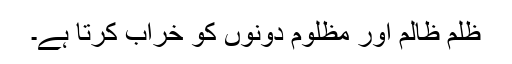
ظلم ظالم اور مظلوم دونوں کو خراب کرتا ہے۔